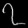
Digit: ၇